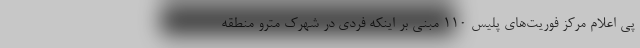
پی اعلام مرکز فوریت‌های پلیس ۱۱۰ مبنی بر اینکه فردی در شهرک مترو منطقه